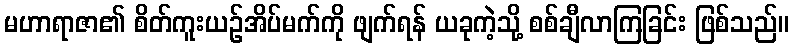
မဟာရာဇာ၏ စိတ်ကူးယဉ်အိပ်မက်ကို ဖျက်ရန် ယခုကဲ့သို့ စစ်ချီလာကြခြင်း ဖြစ်သည်။